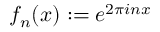
f _ { n } ( x ) : = e ^ { 2 \pi i n x }